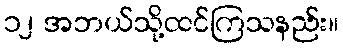
၁၂ အဘယ်သို့ထင်ကြသနည်း။